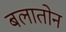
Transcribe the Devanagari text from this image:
बलातोन